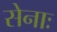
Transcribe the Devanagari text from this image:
सेनाः